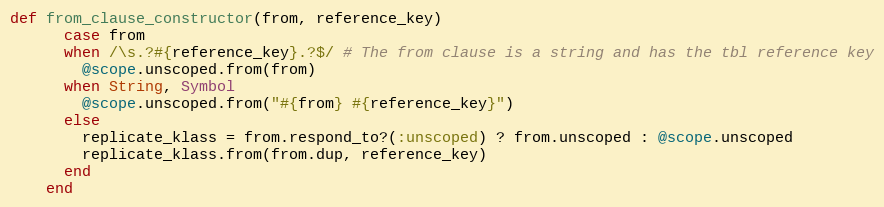
Language: Ruby
def from_clause_constructor(from, reference_key)
      case from
      when /\s.?#{reference_key}.?$/ # The from clause is a string and has the tbl reference key
        @scope.unscoped.from(from)
      when String, Symbol
        @scope.unscoped.from("#{from} #{reference_key}")
      else
        replicate_klass = from.respond_to?(:unscoped) ? from.unscoped : @scope.unscoped
        replicate_klass.from(from.dup, reference_key)
      end
    end